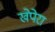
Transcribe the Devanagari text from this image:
खेपेरा